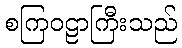
စကြဝဠာကြီးသည်